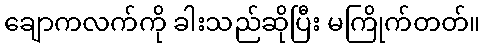
ချောကလက်ကို ခါးသည်ဆိုပြီး မကြိုက်တတ်။